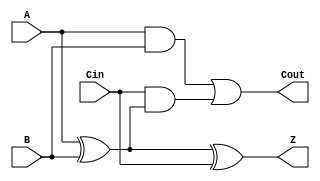
`timescale 1ns / 1ps
`default_nettype none //helps catch typo-related bugs
//////////////////////////////////////////////////////////////////////////////////
// 
// CS 141 - Fall 2015
// Module Name:    one_bit_full_adder 
// Author(s): 
// Description: 
//
//
//////////////////////////////////////////////////////////////////////////////////
module one_bit_full_adder(A, B, Cin, Cout, Z);

	//port definitions - customize for different bit widths
	input wire A, B, Cin; //two 1 bit inputs and Carry in
	output wire Z, Cout; // one 1 bit carry out
	
	assign Z =  (A ^ B) ^ Cin;// add
	assign Cout = (A & B) | (Cin &(A ^ B)); //carry out

endmodule
`default_nettype wire //some Xilinx IP requires that the default_nettype be set to wire